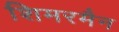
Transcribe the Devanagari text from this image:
शिमरमैन